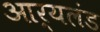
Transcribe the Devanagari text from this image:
आर्यलंड